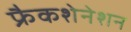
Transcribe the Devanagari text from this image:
फ्रैकशेनेशन